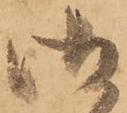
御